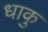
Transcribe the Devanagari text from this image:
धाकु